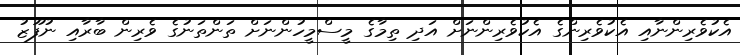
އެކުވެރިންނާއި އެކުވެރިންގެ އެކުވެރިންނަށް އަދި ތިމާގެ މީސްމީހުންނަށް ތަންތަނުގެ ވެރިން ބާރާއި ނުފޫޒު